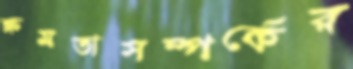
ক্ষমতাসম্পর্কের